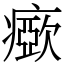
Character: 𤺘